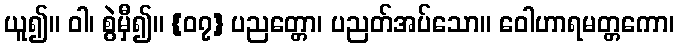
ယူ၍။ ဝါ၊ စွဲမှီ၍။ {၀၇} ပညတ္တော၊ ပညတ်အပ်သော။ ဝေါဟာရမတ္တကော၊